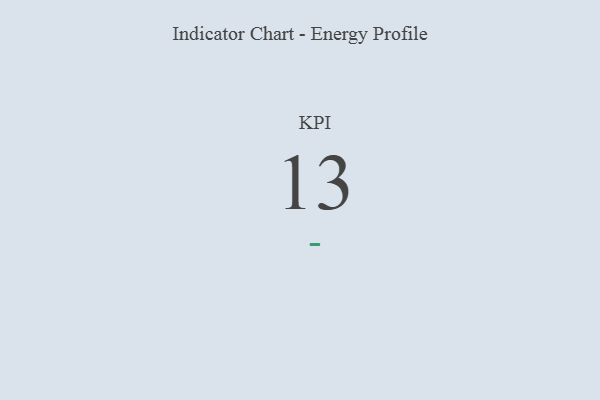
{"axis": {"x": "KPI", "y": "Value"}, "legend": [""], "data": [{"x": "KPI", "y": 13, "type": ""}]}